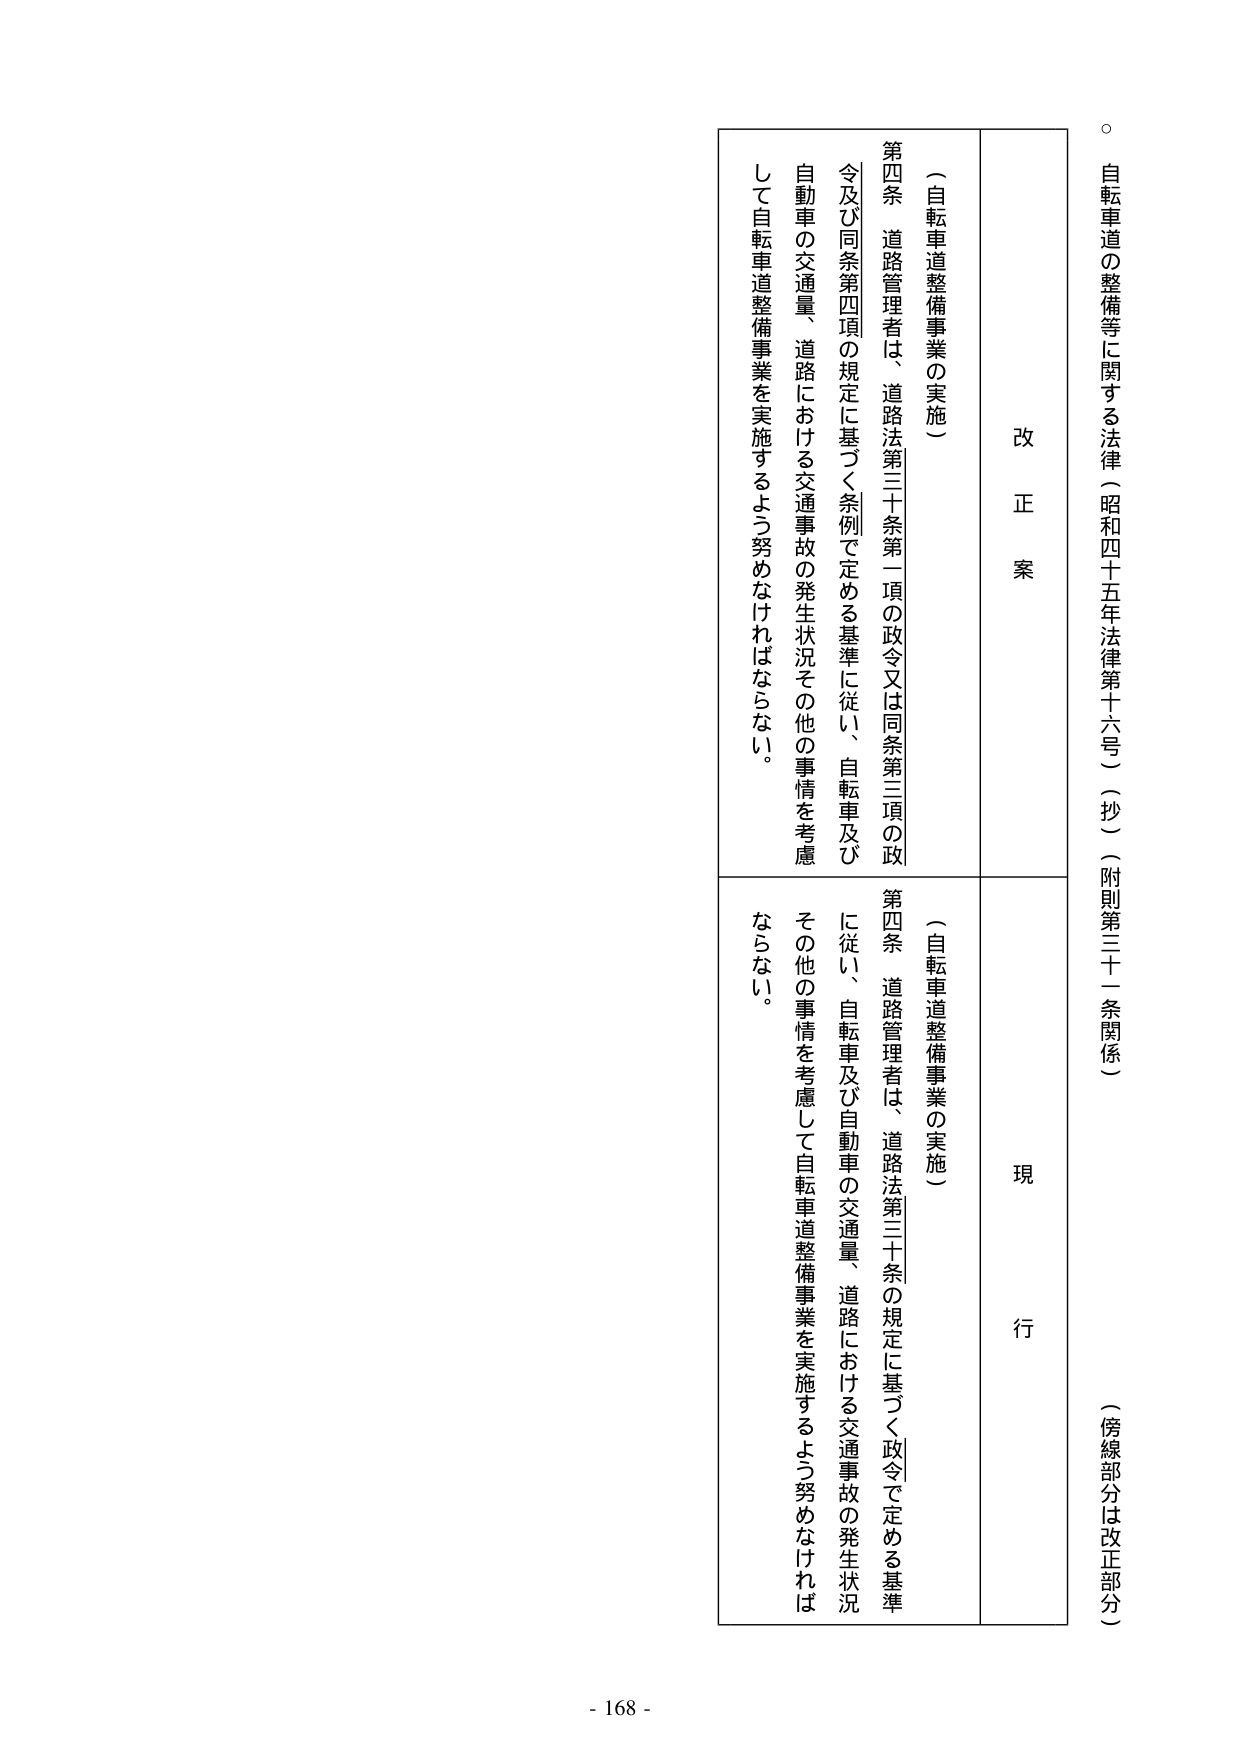
自転車道の整備等に関する法律（昭和四十五年法律第十六号）（抄）（附則第三十一条関係）
（傍線部分は改正部分）

改正案
（自転車道整備事業の実施）
第四条　道路管理者は、道路法第三十条第一項の政令又は同条第三項の政令及び同条第四項の規定に基づく条例で定める基準に従い、自転車及び自動車の交通量、道路における交通事故の発生状況その他の事情を考慮して自転車道整備事業を実施するよう努めなければならない。

現行
（自転車道整備事業の実施）
第四条　道路管理者は、道路法第三十条の規定に基づく政令で定める基準に従い、自転車及び自動車の交通量、道路における交通事故の発生状況その他の事情を考慮して自転車道整備事業を実施するよう努めなければならない。

- 168 -